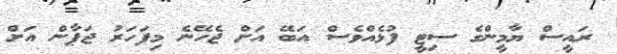
ރައީސް ޔާމީންގެ ސިޓީ ފުޅެއްވެސް އަބޭ އަށް ޖެހޭނެ މިފަހަރު ޖަޕާން އަށް